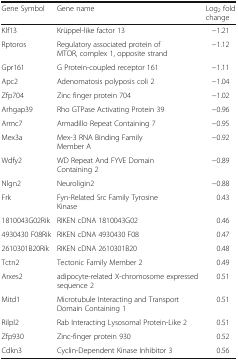
| Gene Symbol | Gene name | Log2 fold change |
 | --- | --- | --- |
 | Klf13 | Krüppel-like factor 13 | −1.21 |
 | Rptoros | Regulatory associated protein of MTOR, complex 1, opposite strand | −1.12 |
 | Gpr161 | G Protein-coupled receptor 161 | −1.11 |
 | Apc2 | Adenomatosis polyposis coli 2 | −1.04 |
 | Zfp704 | Zinc finger protein 704 | −1.02 |
 | Arhgap39 | Rho GTPase Activating Protein 39 | −0.96 |
 | Armc7 | Armadillo Repeat Containing 7 | −0.95 |
 | Mex3a | Mex-3 RNA Binding Family Member A | −0.92 |
 | Wdfy2 | WD Repeat And FYVE Domain Containing 2 | −0.89 |
 | Nlgn2 | Neuroligin2 | −0.88 |
 | Frk | Fyn-Related Src Family Tyrosine Kinase | 0.43 |
 | 1810043G02Rik | RIKEN cDNA 1810043G02 | 0.46 |
 | 4930430 F08Rik | RIKEN cDNA 4930430 F08 | 0.47 |
 | 2610301B20Rik | RIKEN cDNA 2610301B20 | 0.48 |
 | Tctn2 | Tectonic Family Member 2 | 0.49 |
 | Arxes2 | adipocyte-related X-chromosome expressed sequence 2 | 0.51 |
 | Mitd1 | Microtubule Interacting and Transport Domain Containing 1 | 0.51 |
 | Rilpl2 | Rab Interacting Lysosomal Protein-Like 2 | 0.51 |
 | Zfp930 | Zinc-finger protein 930 | 0.52 |
 | Cdkn3 | Cyclin-Dependent Kinase Inhibitor 3 | 0.56 |